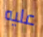
عليه